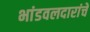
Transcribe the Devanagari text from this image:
भांडवलदारांचे